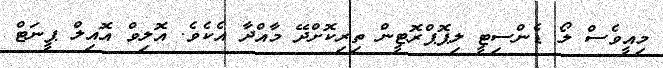
މިއީވެސް ލޯ ޑެންސިޓީ ލިޕޮޕްރޮޓީން ތިރިކޮށްދޭ މާއްދާ އެކެވެ. އޮލިވް އޮއިލް ޕީނަޓް